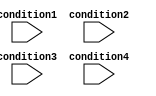
module priority_case (
    input wire condition1,
    input wire condition2,
    input wire condition3,
    input wire condition4
);

    reg result;

    always @* begin
        case (1'b1)
            condition1: begin
                // block of code for condition1
                result = 1'b1;
            end
            condition2: begin
                // block of code for condition2
                result = 1'b1;
            end
            condition3: begin
                // block of code for condition3
                result = 1'b1;
            end
            condition4: begin
                // block of code for condition4
                result = 1'b1;
            end
        endcase
    end

endmodule